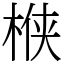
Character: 㮉